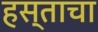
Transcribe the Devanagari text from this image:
हस्ताचा